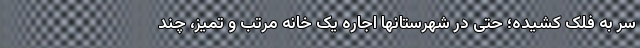
سر به فلک کشیده؛ حتی در شهرستانها اجاره یک خانه مرتب و تمیز، چند